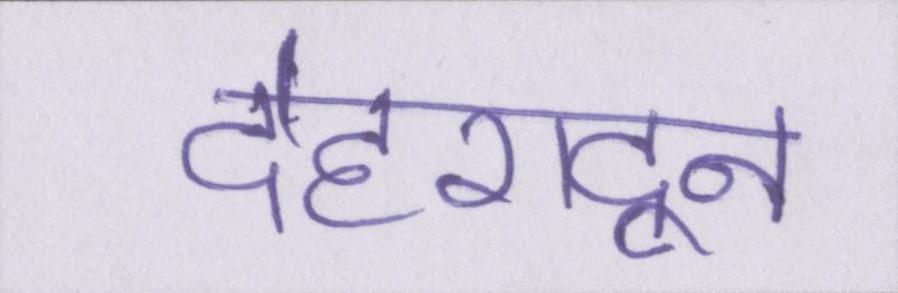
देहरादून